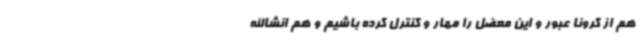
هم از کرونا عبور و این معضل را مهار و کنترل کرده باشیم و هم انشاالله